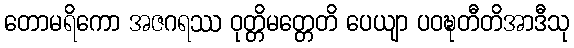
တောမရိကော အဇဂရဿ ဝုတ္တိမတ္တေတိ ပေယျာ ပဝဍ္ဎတီတိအာဒီသု